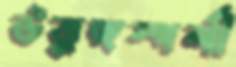
উত্তুঙ্গস্পর্শী